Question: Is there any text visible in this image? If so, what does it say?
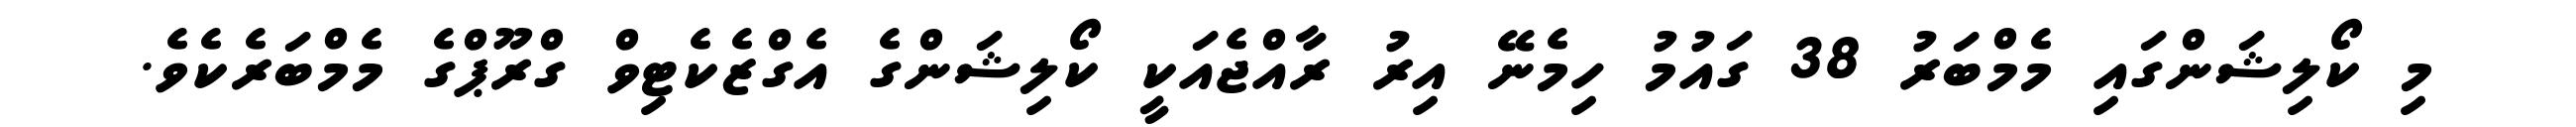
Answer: މި ކޯލިޝަންގައި މެމްބަރު 38 ގައުމު ހިމެނޭ އިރު ރާއްޖެއަކީ ކޯލިޝަންގެ އެގްޒެކެޓިވް ގްރޫޕްގެ މެމްބަރެކެވެ.